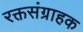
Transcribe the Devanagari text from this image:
रक्तसंग्राहक